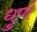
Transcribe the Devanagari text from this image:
धुणं